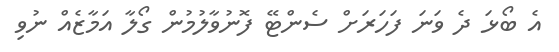
އެ ބޯޅަ ދެ ވަނަ ފަހަރަށް ސެންޓޭ ފޮނުވާލުމުން ގޯލާ އަމާޒެއް ނުވި